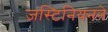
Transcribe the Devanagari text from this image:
जस्टिनियनने